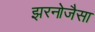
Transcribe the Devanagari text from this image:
झरनोजैसा